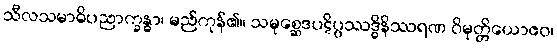
သီလသမာဓိပညာက္ခန္ဓာ၊ မည်ကုန်၏။ သမုစ္ဆေဒပဋိပ္ပဿဒ္ဓိနိဿရဏ ဝိမုတ္တိယောဧဝ၊